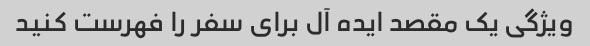
ویژگی یک مقصد ایده آل برای سفر را فهرست کنید